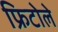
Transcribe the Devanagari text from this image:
फ्रिटोले